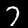
Digit: 7